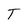
Character: T